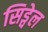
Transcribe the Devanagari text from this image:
सिड्वेल